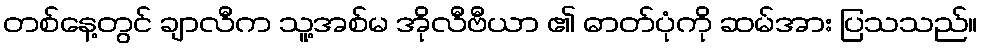
တစ်နေ့တွင် ချာလီက သူ့အစ်မ အိုလီဗီယာ ၏ ဓာတ်ပုံကို ဆမ်အား ပြသသည်။